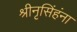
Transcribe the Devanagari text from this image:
श्रीनृसिंहंना